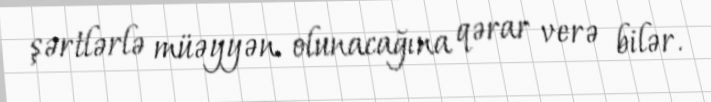
şərtlərlə müəyyən olunacağına qərar verə bilər.